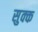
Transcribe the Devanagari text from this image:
सुक्क